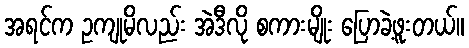
အရင်က ဥကျုမိလည်း အဲဒီလို စကားမျိုး ပြောခဲ့ဖူးတယ်။